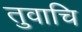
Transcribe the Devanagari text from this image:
तुवाचि